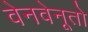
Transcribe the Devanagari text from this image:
वेनवेनूतो